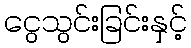
ငွေသွင်းခြင်းနှင့်